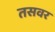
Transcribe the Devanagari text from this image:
तसवर